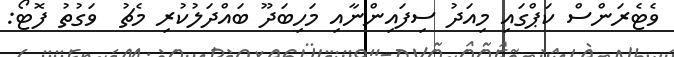
ވެޓެރަންސް ކަޕްގައި މިއަދު ސިފައިންނާއި މަހިބަދޫ ބައްދަލުކުރި މެޗު  ވަގުތު ފޮޓޯ: